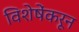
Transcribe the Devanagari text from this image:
विशेषेंकरून